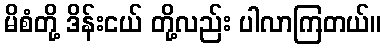
မိစံတို့ ဒိန်းငယ် တို့လည်း ပါလာကြတယ်။